画像に写った文字を読んでください
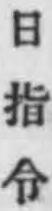
「日指令」と書いてあります